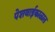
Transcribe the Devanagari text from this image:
पेशवाईकाळात